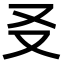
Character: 㕛